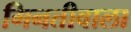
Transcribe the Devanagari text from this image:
गिनतीवाला